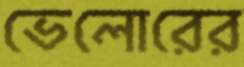
ভেলোরের